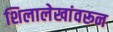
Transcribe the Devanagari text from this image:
शिलालेखांवरून